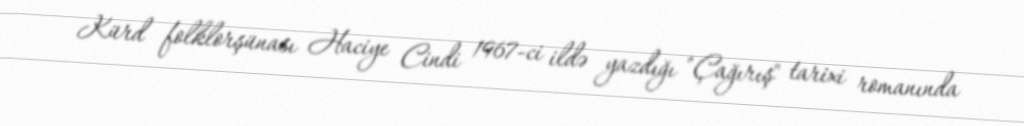
Kürd folklorşünası Haciye Cindi 1967-ci ildə yazdığı "Çağırış" tarixi romanında